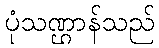
ပုံသဏ္ဌာန်သည်